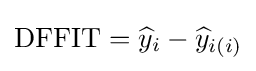
{\text{DFFIT}}={\widehat {y}}_{i}-{\widehat {y}}_{i(i)}